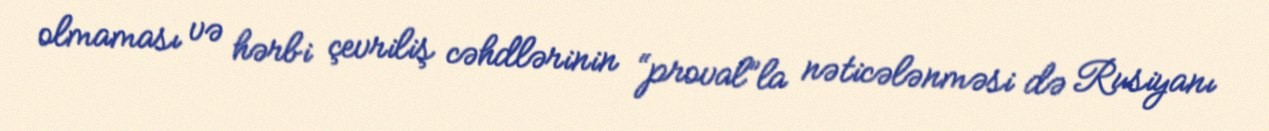
olmaması və hərbi çevriliş cəhdlərinin “proval”la nəticələnməsi də Rusiyanı